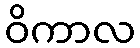
ဝိကာလ